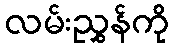
လမ်းညွှန်ကို